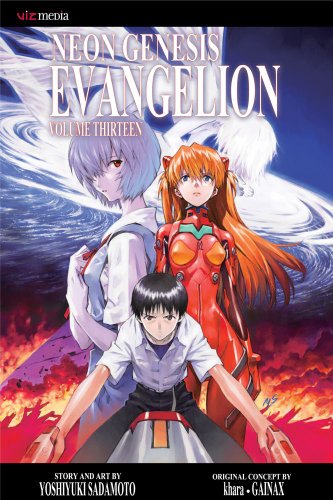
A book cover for Neon Genesis Evangelion, Vol. 13; Yoshiyuki Sadamoto; Teen & Young Adult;